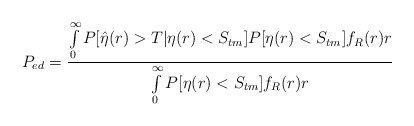
\begin{align*}P_{ed}=\frac{\int\limits_{0}^{\infty}P[\hat{\eta}(r)>T|\eta(r)<S_{tm}]P[\eta(r)<S_{tm}]f_R(r)r}{\int\limits_{0}^{\infty}P[\eta(r)<S_{tm}]f_R(r)r}\end{align*}